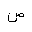
Letter: _sad